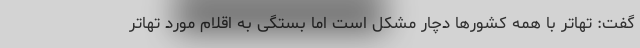
گفت: تهاتر با همه کشورها دچار مشکل است اما بستگی به اقلام مورد تهاتر